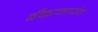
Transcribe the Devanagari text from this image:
बँकामार्फत